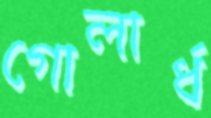
গোলার্ধ